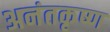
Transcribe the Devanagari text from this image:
अनंतकृष्ण